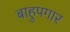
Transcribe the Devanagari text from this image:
बाहुपगार